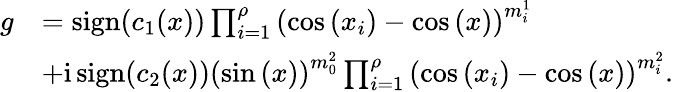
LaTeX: \begin{array}{rl}{g}&{=\operatorname{sign}(c_{1}(x))\prod_{i=1}^{\rho}\left(\cos{(x_{i})}-\cos{(x)}\right)^{m_{i}^{1}}}\\ &{+\mathrm{i}\operatorname{sign}(c_{2}(x))\left(\sin{(x)}\right)^{m_{0}^{2}}\prod_{i=1}^{\rho}\left(\cos{(x_{i})}-\cos{(x)}\right)^{m_{i}^{2}}.}\end{array}